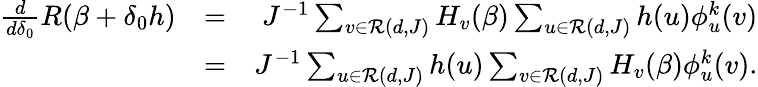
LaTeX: \begin{array}{rlr}{\frac{d}{d\delta_{0}}R(\beta+\delta_{0}h)}&{=}&{J^{-1}\sum_{v\in{\cal R}(d,J)}H_{v}(\beta)\sum_{u\in{\cal R}(d,J)}h(u)\phi_{u}^{k}(v)}\\ &{=}&{J^{-1}\sum_{u\in{\cal R}(d,J)}h(u)\sum_{v\in{\cal R}(d,J)}H_{v}(\beta)\phi_{u}^{k}(v).}\end{array}